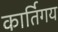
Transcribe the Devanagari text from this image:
कार्तिगय